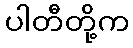
ပါတီတို့က